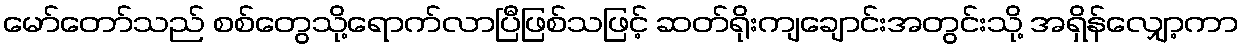
မော်တော်သည် စစ်တွေသို့ရောက်လာပြီဖြစ်သဖြင့် ဆတ်ရိုးကျချောင်းအတွင်းသို့ အရှိန်လျှော့ကာ